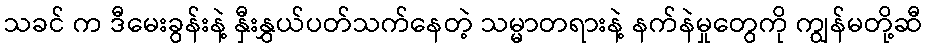
သခင် က ဒီမေးခွန်းနဲ့ နှီးနွှယ်ပတ်သက်နေတဲ့ သမ္မာတရားနဲ့ နက်နဲမှုတွေကို ကျွန်မတို့ဆီ